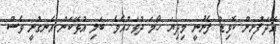
އޭދަފުށިން ކޮވިޑް ފެނުނީ މިދިޔަ ހޯމަ ދުވަހުއެވެ. ބަލި އުޅޭކަން އެނގުނީ ވެސް